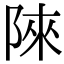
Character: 䧒